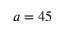
a = 4 5